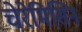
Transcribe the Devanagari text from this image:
चेरेमिसिन